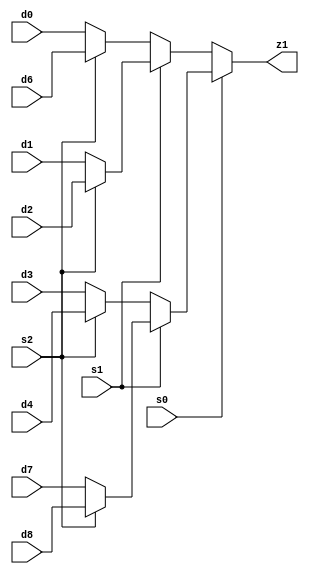
`timescale 1ns / 1ps




//mux_8to1 m8 (op[0], op[1], op[2], net3, net4, net6, net5, net7, net8, net9, net10, result);

module mux_8to1 (s0, s1, s2, d0, d1, d2, d3, d4, d6, d7, d8, z1);


/*d0 = 000 (and) ,  d1 = 010 (or) , d2 = 011 (xor), d3 = 100 (add)   
 d4 = 101(addi), d6 = 001(sll), d7 = 110(srl), d8 = 111(mult) */ 



input s0, s1, s2, d0, d1, d2, d3, d4, d7, d8;
input d6;
output z1;




assign z1 = s0 ? (s1 ? (s2 ? d8 : d7) : (s2 ? d4 : d3))  :  (s1 ? (s2 ? d2 : d1) : (s2 ? d6 : d0));

//assign z1 = s1 ? (s0 ? d3 : d2) : (s0 ? d1 : d0);

endmodule